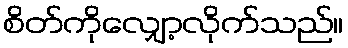
စိတ်ကိုလျှော့လိုက်သည်။